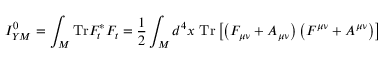
I _ { Y M } ^ { 0 } = \int _ { M } \mathrm { T r } F _ { t } ^ { * } F _ { t } = \frac { 1 } { 2 } \int _ { M } d ^ { 4 } x \ \mathrm { T r } \left[ \left( F _ { \mu \nu } + { \cal A } _ { \mu \nu } \right) \left( F ^ { \mu \nu } + { \cal A } ^ { \mu \nu } \right) \right]